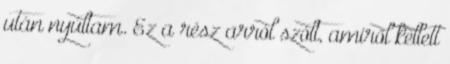
után nyúltam. Ez a rész arról szólt, amiről kellett